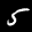
Label: 5